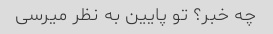
چه خبر؟ تو پایین به نظر میرسی